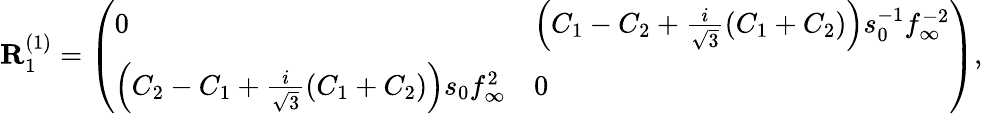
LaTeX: \mathbf{R}_{1}^{(1)}=\left(\begin{array}{ll}{0}&{\left(C_{1}-C_{2}+\frac{i}{\sqrt{3}}(C_{1}+C_{2})\right)s_{0}^{-1}f_{\infty}^{-2}}\\ {\left(C_{2}-C_{1}+\frac{i}{\sqrt{3}}(C_{1}+C_{2})\right)s_{0}f_{\infty}^{2}}&{0}\end{array}\right),